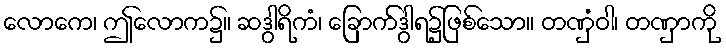
လောကေ၊ ဤလောက၌။ ဆဒွါရိကံ၊ ခြောက်ဒွါရ၌ဖြစ်သော။ တဏှံဝါ၊ တဏှာကို